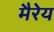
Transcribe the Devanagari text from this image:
मैरेय